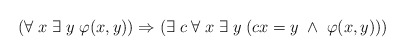
\begin{align*}(\forall \; x \; \exists \; y \; \varphi(x,y))\Rightarrow (\exists \; c \; \forall \; x \; \exists \; y \; (cx=y \; \wedge \; \varphi(x,y)))\end{align*}